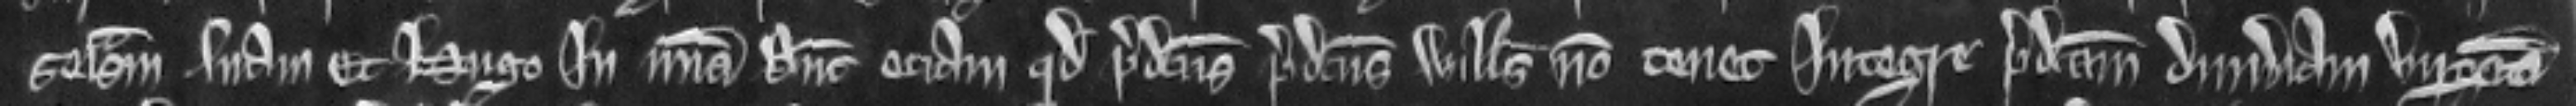
seisinam suam et Hugo in misericordia. Dicunt eciam quod predictus predictus Willelmus non tenet integre predictam dimidiam virgatam